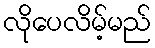
လိုပေလိမ့်မည်